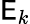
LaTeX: \mathsf{E}_{k}